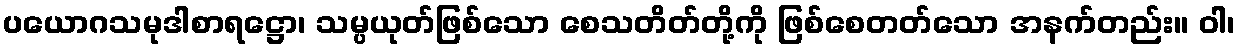
ပယောဂသမုဒါစာရဋ္ဌော၊ သမ္ပယုတ်ဖြစ်သော စေသတိတ်တို့ကို ဖြစ်စေတတ်သော အနက်တည်း။ ဝါ၊